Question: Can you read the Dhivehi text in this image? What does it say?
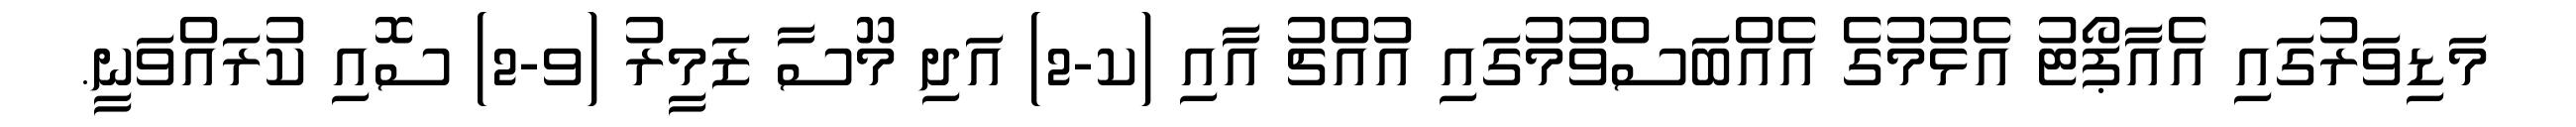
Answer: މަޑިވަރުގައި އެއާޕޯޓު އެޅުމުގެ އެއްބަސްވުމުގައި އުއްޗު އާއި (ކ-2) އަދި މޫސާ ޒަމީރު (ވ-2) ސޮއި ކުރައްވަނީ.